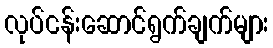
လုပ်ငန်းဆောင်ရွက်ချက်များ